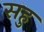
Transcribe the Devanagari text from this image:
सहु